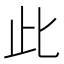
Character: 此